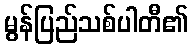
မွန်ပြည်သစ်ပါတီ၏